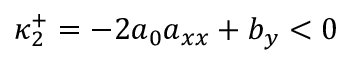
\kappa _ { 2 } ^ { + } = - 2 a _ { 0 } a _ { x x } + b _ { y } < 0